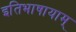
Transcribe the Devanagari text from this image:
इतिभाषायाम्‌